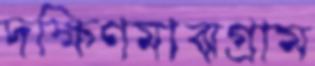
দক্ষিণমাঝগ্রাম